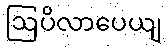
ဩပိလာပေယျ